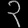
Digit: ၃